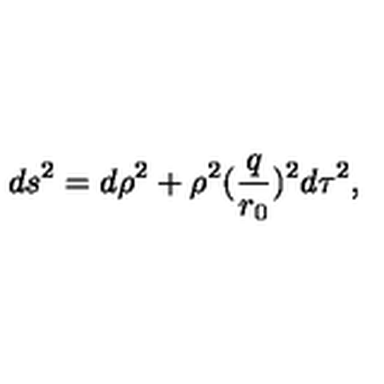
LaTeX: d s ^ { 2 } = d \rho ^ { 2 } + \rho ^ { 2 } ( \frac { q } { r _ { 0 } } ) ^ { 2 } d \tau ^ { 2 } ,